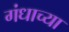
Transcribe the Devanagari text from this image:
गंधाच्या